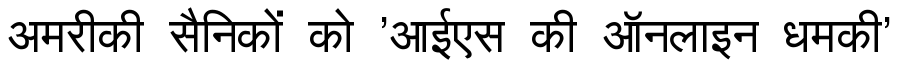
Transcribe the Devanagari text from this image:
अमरीकी सैनिकों को 'आईएस की ऑनलाइन धमकी'